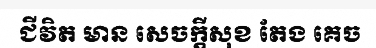
ជីវិត មាន សេចក្តីសុខ តែង គេច